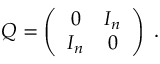
Q = \left( \begin{array} { c c } { { 0 } } & { { I _ { n } } } \\ { { I _ { n } } } & { { 0 } } \end{array} \right) \; .